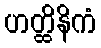
ဟတ္ထိနိကံ